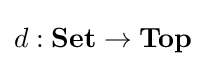
d:\mathbf {Set} \to \mathbf {Top}